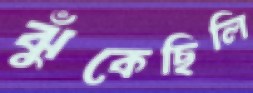
ঝুঁকেছিলি